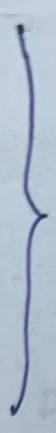
}